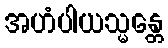
အဟံပါယသ္မန္တေ